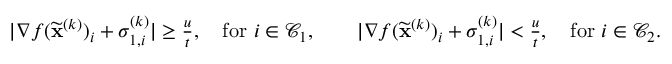
\begin{array} { r } { \vert \nabla f ( \widetilde \mathbf { x } ^ { ( k ) } ) _ { i } + \sigma _ { 1 , i } ^ { ( k ) } \vert \ge \frac { u } { t } , \quad \mathrm { f o r ~ } i \in { \mathcal { C } } _ { 1 } , \qquad \vert \nabla f ( \widetilde \mathbf { x } ^ { ( k ) } ) _ { i } + \sigma _ { 1 , i } ^ { ( k ) } \vert < \frac { u } { t } , \quad \mathrm { f o r ~ } i \in { \mathcal { C } } _ { 2 } . } \end{array}